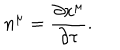
LaTeX: n ^ { \mu } = \frac { \partial x ^ { \mu } } { \partial \tau } .